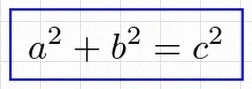
a^2+b^2=c^2